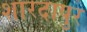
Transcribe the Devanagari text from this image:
शारदापुर